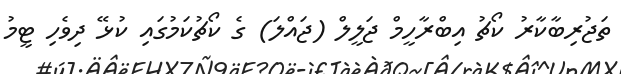
ތަޖުރިބާކާރު ކޯޗު އިބްރާހީމް ޖަލީލް (ޖައްލަ) ގެ ކޯޗުކަމުގައި ކުޅޭ ދިވެހި ޓީމު